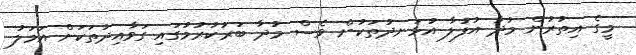
މީގެ އިތުރުން މުދާ އުފުލާ އުޅަނދުތަކުން ވެސް މުދާ ބަރުކުރުމުގައި ގަވާއިދުތަކަށް އަމަލު